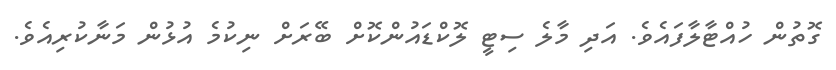
ގޮތުން ހުއްޓާލާފައެވެ. އަދި މާލެ ސިޓީ ލޮކްޑައުންކޮށް ބޭރަށް ނިކުމެ އުޅުން މަނާކުރިއެވެ.